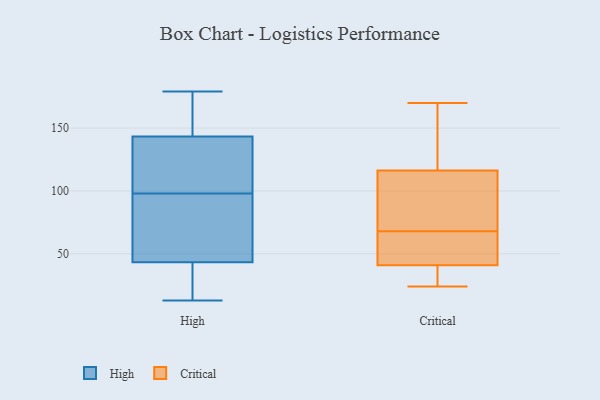
{"axis": {"x": "Website Visitors", "y": "Value"}, "legend": ["Critical", "High"], "data": [{"x": "", "y": 89, "type": "High"}, {"x": "", "y": 38, "type": "High"}, {"x": "", "y": 33, "type": "High"}, {"x": "", "y": 19, "type": "High"}, {"x": "", "y": 179, "type": "High"}, {"x": "", "y": 98, "type": "High"}, {"x": "", "y": 150, "type": "High"}, {"x": "", "y": 25, "type": "High"}, {"x": "", "y": 101, "type": "High"}, {"x": "", "y": 123, "type": "High"}, {"x": "", "y": 118, "type": "High"}, {"x": "", "y": 155, "type": "High"}, {"x": "", "y": 117, "type": "High"}, {"x": "", "y": 168, "type": "High"}, {"x": "", "y": 76, "type": "High"}, {"x": "", "y": 85, "type": "High"}, {"x": "", "y": 167, "type": "High"}, {"x": "", "y": 59, "type": "High"}, {"x": "", "y": 13, "type": "High"}, {"x": "", "y": 66, "type": "Critical"}, {"x": "", "y": 155, "type": "Critical"}, {"x": "", "y": 170, "type": "Critical"}, {"x": "", "y": 24, "type": "Critical"}, {"x": "", "y": 165, "type": "Critical"}, {"x": "", "y": 36, "type": "Critical"}, {"x": "", "y": 111, "type": "Critical"}, {"x": "", "y": 28, "type": "Critical"}, {"x": "", "y": 40, "type": "Critical"}, {"x": "", "y": 44, "type": "Critical"}, {"x": "", "y": 56, "type": "Critical"}, {"x": "", "y": 121, "type": "Critical"}, {"x": "", "y": 100, "type": "Critical"}, {"x": "", "y": 118, "type": "Critical"}, {"x": "", "y": 68, "type": "Critical"}, {"x": "", "y": 91, "type": "Critical"}, {"x": "", "y": 108, "type": "Critical"}, {"x": "", "y": 46, "type": "Critical"}, {"x": "", "y": 35, "type": "Critical"}]}